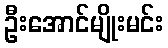
ဦးအောင်မျိုးမင်း